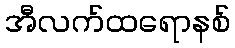
အီလက်ထရောနစ်